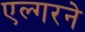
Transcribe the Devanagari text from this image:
एल्गरने